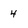
Character: 4